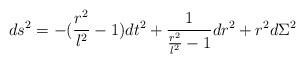
LaTeX: \begin{align*}ds^2= -(\frac{r^2}{l^2}-1)dt^2 +\frac{1}{\frac{r^2}{l^2}-1}dr^2 +r^2d\Sigma^2\end{align*}